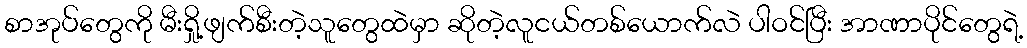
စာအုပ်တွေကို မီးရှို့ဖျက်စီးတဲ့သူတွေထဲမှာ ဆိုတဲ့လူငယ်တစ်ယောက်လဲ ပါဝင်ပြီး အာဏာပိုင်တွေရဲ့